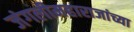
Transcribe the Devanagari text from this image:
जंगलीमहाराजांच्या